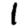
Digit: 1